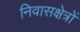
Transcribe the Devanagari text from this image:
निवासक्षेत्रों